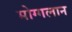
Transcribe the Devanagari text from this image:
मोग्गलान